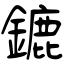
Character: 鏕